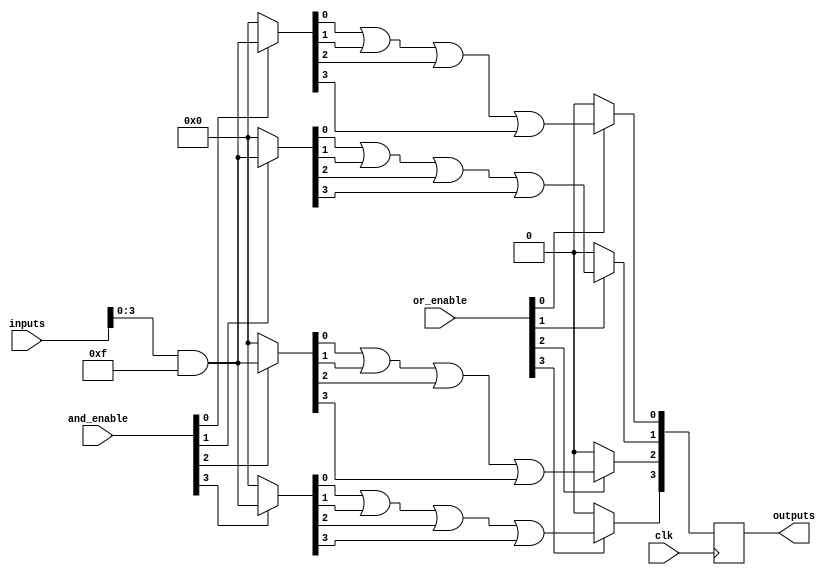
module RPAL #(
    parameter NUM_INPUTS = 8,     // Number of input lines
    parameter NUM_AND_GATES = 4,   // Number of AND gates
    parameter NUM_OR_GATES = 4      // Number of OR gates
)(
    input  wire [NUM_INPUTS-1:0]   inputs,        // Input lines
    input  wire [NUM_AND_GATES-1:0] and_enable,    // Control signals for AND gates
    input  wire [NUM_OR_GATES-1:0]  or_enable,     // Control signals for OR gates
    input  wire                      clk,           // Clock input
    output reg [NUM_OR_GATES-1:0]   outputs        // Registered outputs
);

// Internal signals
wire [NUM_AND_GATES-1:0] and_outputs [NUM_INPUTS-1:0];
wire [NUM_OR_GATES-1:0] or_outputs;

// Programmable AND Array
genvar i, j;
generate
    for (i = 0; i < NUM_AND_GATES; i = i + 1) begin : and_array
        assign and_outputs[i] = (and_enable[i]) ? (inputs & {NUM_INPUTS{1'b1}}) : 0;
    end
endgenerate

// OR Array
generate
    for (j = 0; j < NUM_OR_GATES; j = j + 1) begin : or_array
        assign or_outputs[j] = or_enable[j] ? or_reduce(and_outputs[j]) : 0;
    end
endgenerate

// Function to reduce AND gate outputs into OR gate inputs
function [NUM_OR_GATES-1:0] or_reduce(input [NUM_AND_GATES-1:0] and_output);
    integer k;
    reg [NUM_OR_GATES-1:0] temp;
    begin
        temp = 0;
        for (k = 0; k < NUM_AND_GATES; k = k + 1) begin
            temp = temp | (and_output[k] & {NUM_OR_GATES{1'b1}});
        end
        or_reduce = temp;
    end
endfunction

// Registered Outputs
always @(posedge clk) begin
    outputs <= or_outputs;
end

endmodule